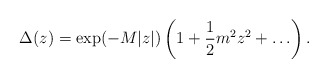
\begin{align*}\Delta(z) = \exp(- M|z|)\left(1+ {1\over 2} m^2 z^2 +\ldots\right).\end{align*}